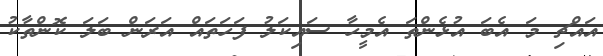
އައްޗި މަ އެބަ އުޅެންތަ އެމީހާ ސައިކަލު ފަހަތައް އަރަން ބަލަ ކޮންތާކު